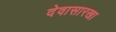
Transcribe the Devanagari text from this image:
देवासारखा